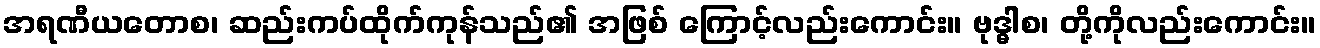
အရဏီယတောစ၊ ဆည်းကပ်ထိုက်ကုန်သည်၏ အဖြစ် ကြောင့်လည်းကောင်း။ ဗုဒ္ဓါစ၊ တို့ကိုလည်းကောင်း။